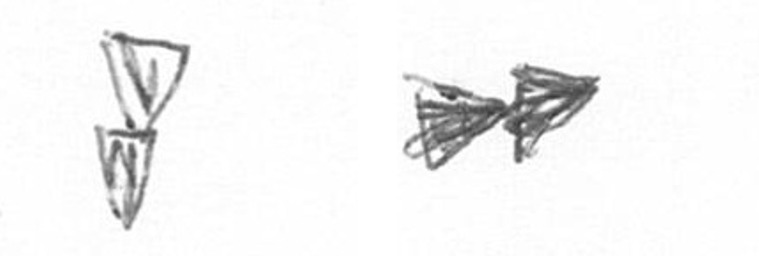
Z A